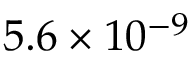
5 . 6 \times 1 0 ^ { - 9 }